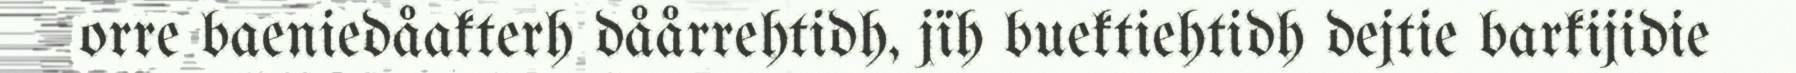
orre baeniedåakterh dåårrehtidh, jïh buektiehtidh dejtie barkijidie